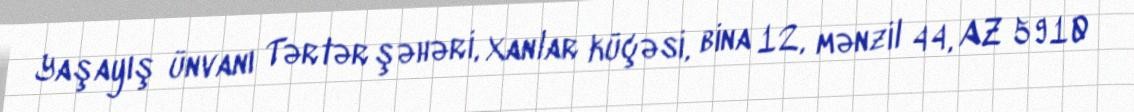
Yaşayış ünvanı Tərtər şəhəri, Xanlar küçəsi, bina 12, mənzil 44, AZ 5910